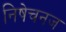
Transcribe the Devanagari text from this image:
निषेचनज